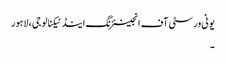
یونی ورسٹی آف انجینئرنگ اینڈ ٹیکنالوجی ، لاہور
۔